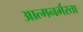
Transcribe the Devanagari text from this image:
आत्मनर्भरता